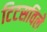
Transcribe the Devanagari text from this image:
टिटसविले